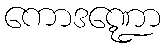
ကောဒဏ္ဍော